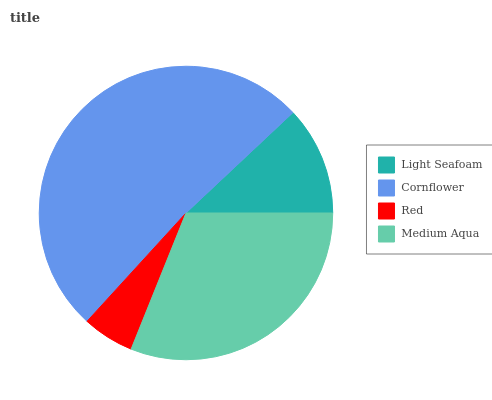
| Light Seafoam | Cornflower | Red | Medium Aqua |
 | --- | --- | --- | --- |
 | 12% | 51.3% | 5.68% | 31% |